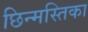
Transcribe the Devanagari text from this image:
छिन्मस्तिका